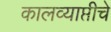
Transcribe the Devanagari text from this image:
कालव्याप्तीचे